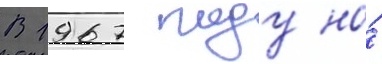
В 1967 году на́